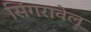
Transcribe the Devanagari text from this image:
सिंगरावेलू